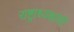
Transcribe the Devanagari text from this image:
राष्ट्राध्यक्षांची